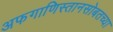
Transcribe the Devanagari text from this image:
अफगाणिस्तानसोबतच्या